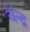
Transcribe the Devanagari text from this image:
चंन्द्र